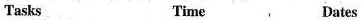
Tasks Time Dates